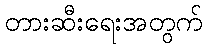
တားဆီးရေးအတွက်